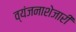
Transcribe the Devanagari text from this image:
व्यंजनाशेजारी